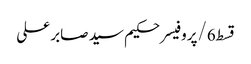
قسط6/پروفیسر حکیم سید صابر علی